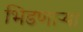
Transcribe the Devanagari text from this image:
भिडणाऱ्या